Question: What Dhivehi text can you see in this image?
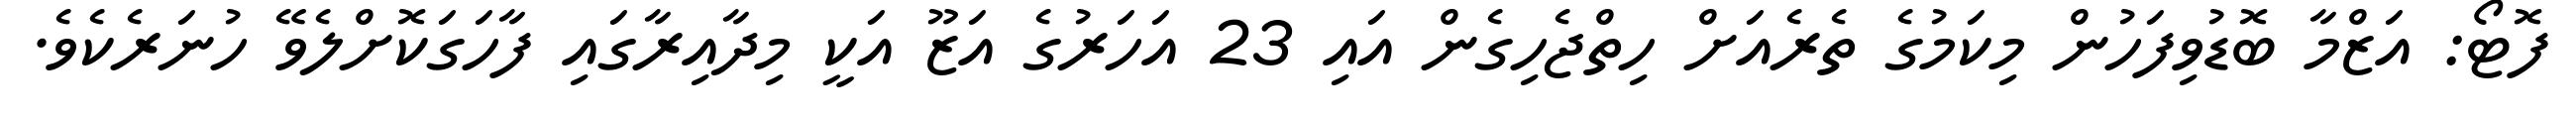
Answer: ފޮޓޯ: އަޒްމާ ބޮޑުވިފަހުން މިކަމުގެ ތެރެއަށް ހިތްޖެހިގެން އައި 23 އަހަރުގެ އަޒޫ އަކީ މިދާއިރާގައި ފާހަގަކޮށްލެވޭ ހުނަރެކެވެ.